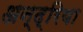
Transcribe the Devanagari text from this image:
अन्द्रिया